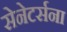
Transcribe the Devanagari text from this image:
सेनेटर्सना